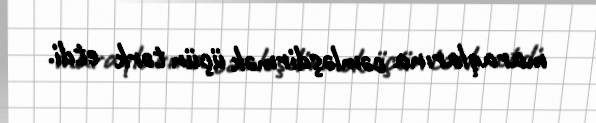
maraqlarına cəmləşdirmək üçün tərk etdi.